Civil Veterinary Dept. North-West Frontier Province 1923-32 - 1923-1932
Year: 1923
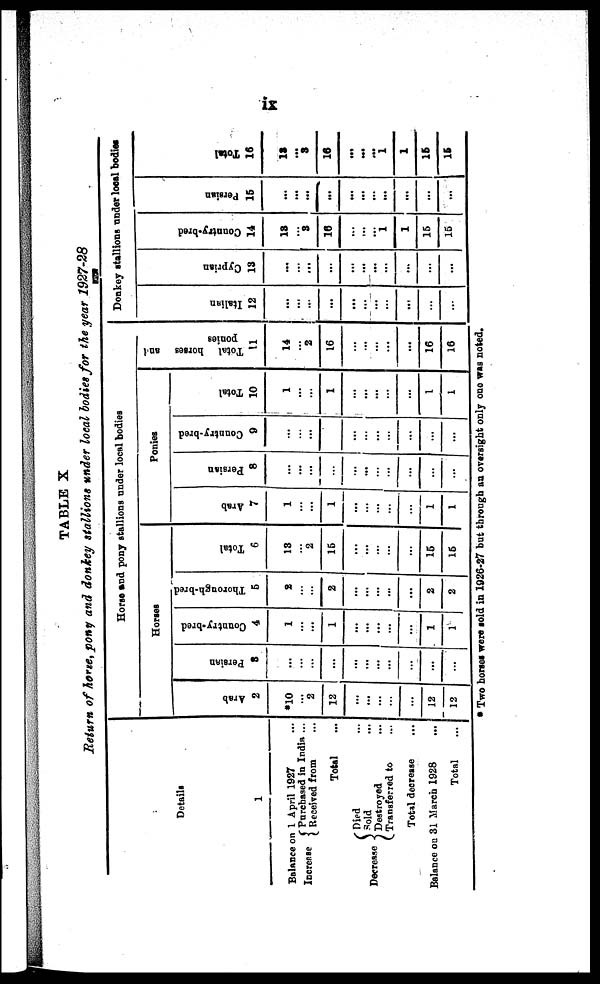
ix
TABLE X
Return of horse, pony and donkey stallions under local bodies for the year 1927-28
Details
1
Balance on 1 April 1927 ...
Increase { Purchased in India ...
Received from ...
Total ...
Decrease{ Died ...
Sold ...
Destroyed ...
Transferred to ...
Total decrease ...
Balance on 31 March 1928 ...
Total ...
Horse and pony stallions under local bodies
Horses
Arab
2
*10
...
2
12
...
...
...
...
...
12
12
Persian
3
...
...
...
...
...
...
...
...
...
...
...
Country-bred
4
1
...
...
1
...
...
...
...
...
1
1
Thorough-bred
5
2
...
...
2
....
...
...
...
...
2
2
Total
6
13
...
2
15
...
...
...
...
...
15
15
Ponies
Arab
7
1
...
...
1
...
...
...
...
...
1
1
Persian
8
...
...
...
...
...
...
...
...
...
...
...
Country-bred
9
...
...
...
...
...
...
...
...
...
...
Total
10
1
...
...
1
...
...
...
...
...
1
1
Total horses and
ponies
11
14
...
2
16
...
...
...
...
...
16
16
Donkey stallions under local bodies
I t al i an
12
...
...
...
...
...
...
...
...
...
...
...
Cypr i
an
13
...
...
...
...
...
...
...
...
...
...
...
Count r
y- br e d
14
13
...
3
16
...
...
...
1
1
15
15
Persian
15
...
...
...
...
...
...
...
...
...
...
...
Total
16
13
...
3
16
...
...
... 1
1
15
15
* Two horses were sold in 1926-27 but through an oversight only one was noted.